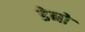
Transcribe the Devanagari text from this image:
डेनो